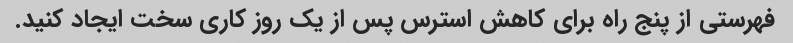
فهرستی از پنج راه برای کاهش استرس پس از یک روز کاری سخت ایجاد کنید.